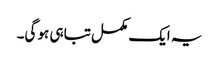
یہ ایک مکمل تباہی ہو گی۔